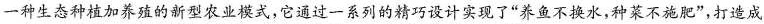
一种生态种植加养殖的新型农业模式，它通过一系列的精巧设计实现了“养鱼不换水，种菜不施肥”，打造成